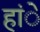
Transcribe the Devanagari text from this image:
हांे